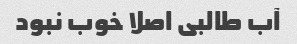
آب طالبی اصلا خوب نبود